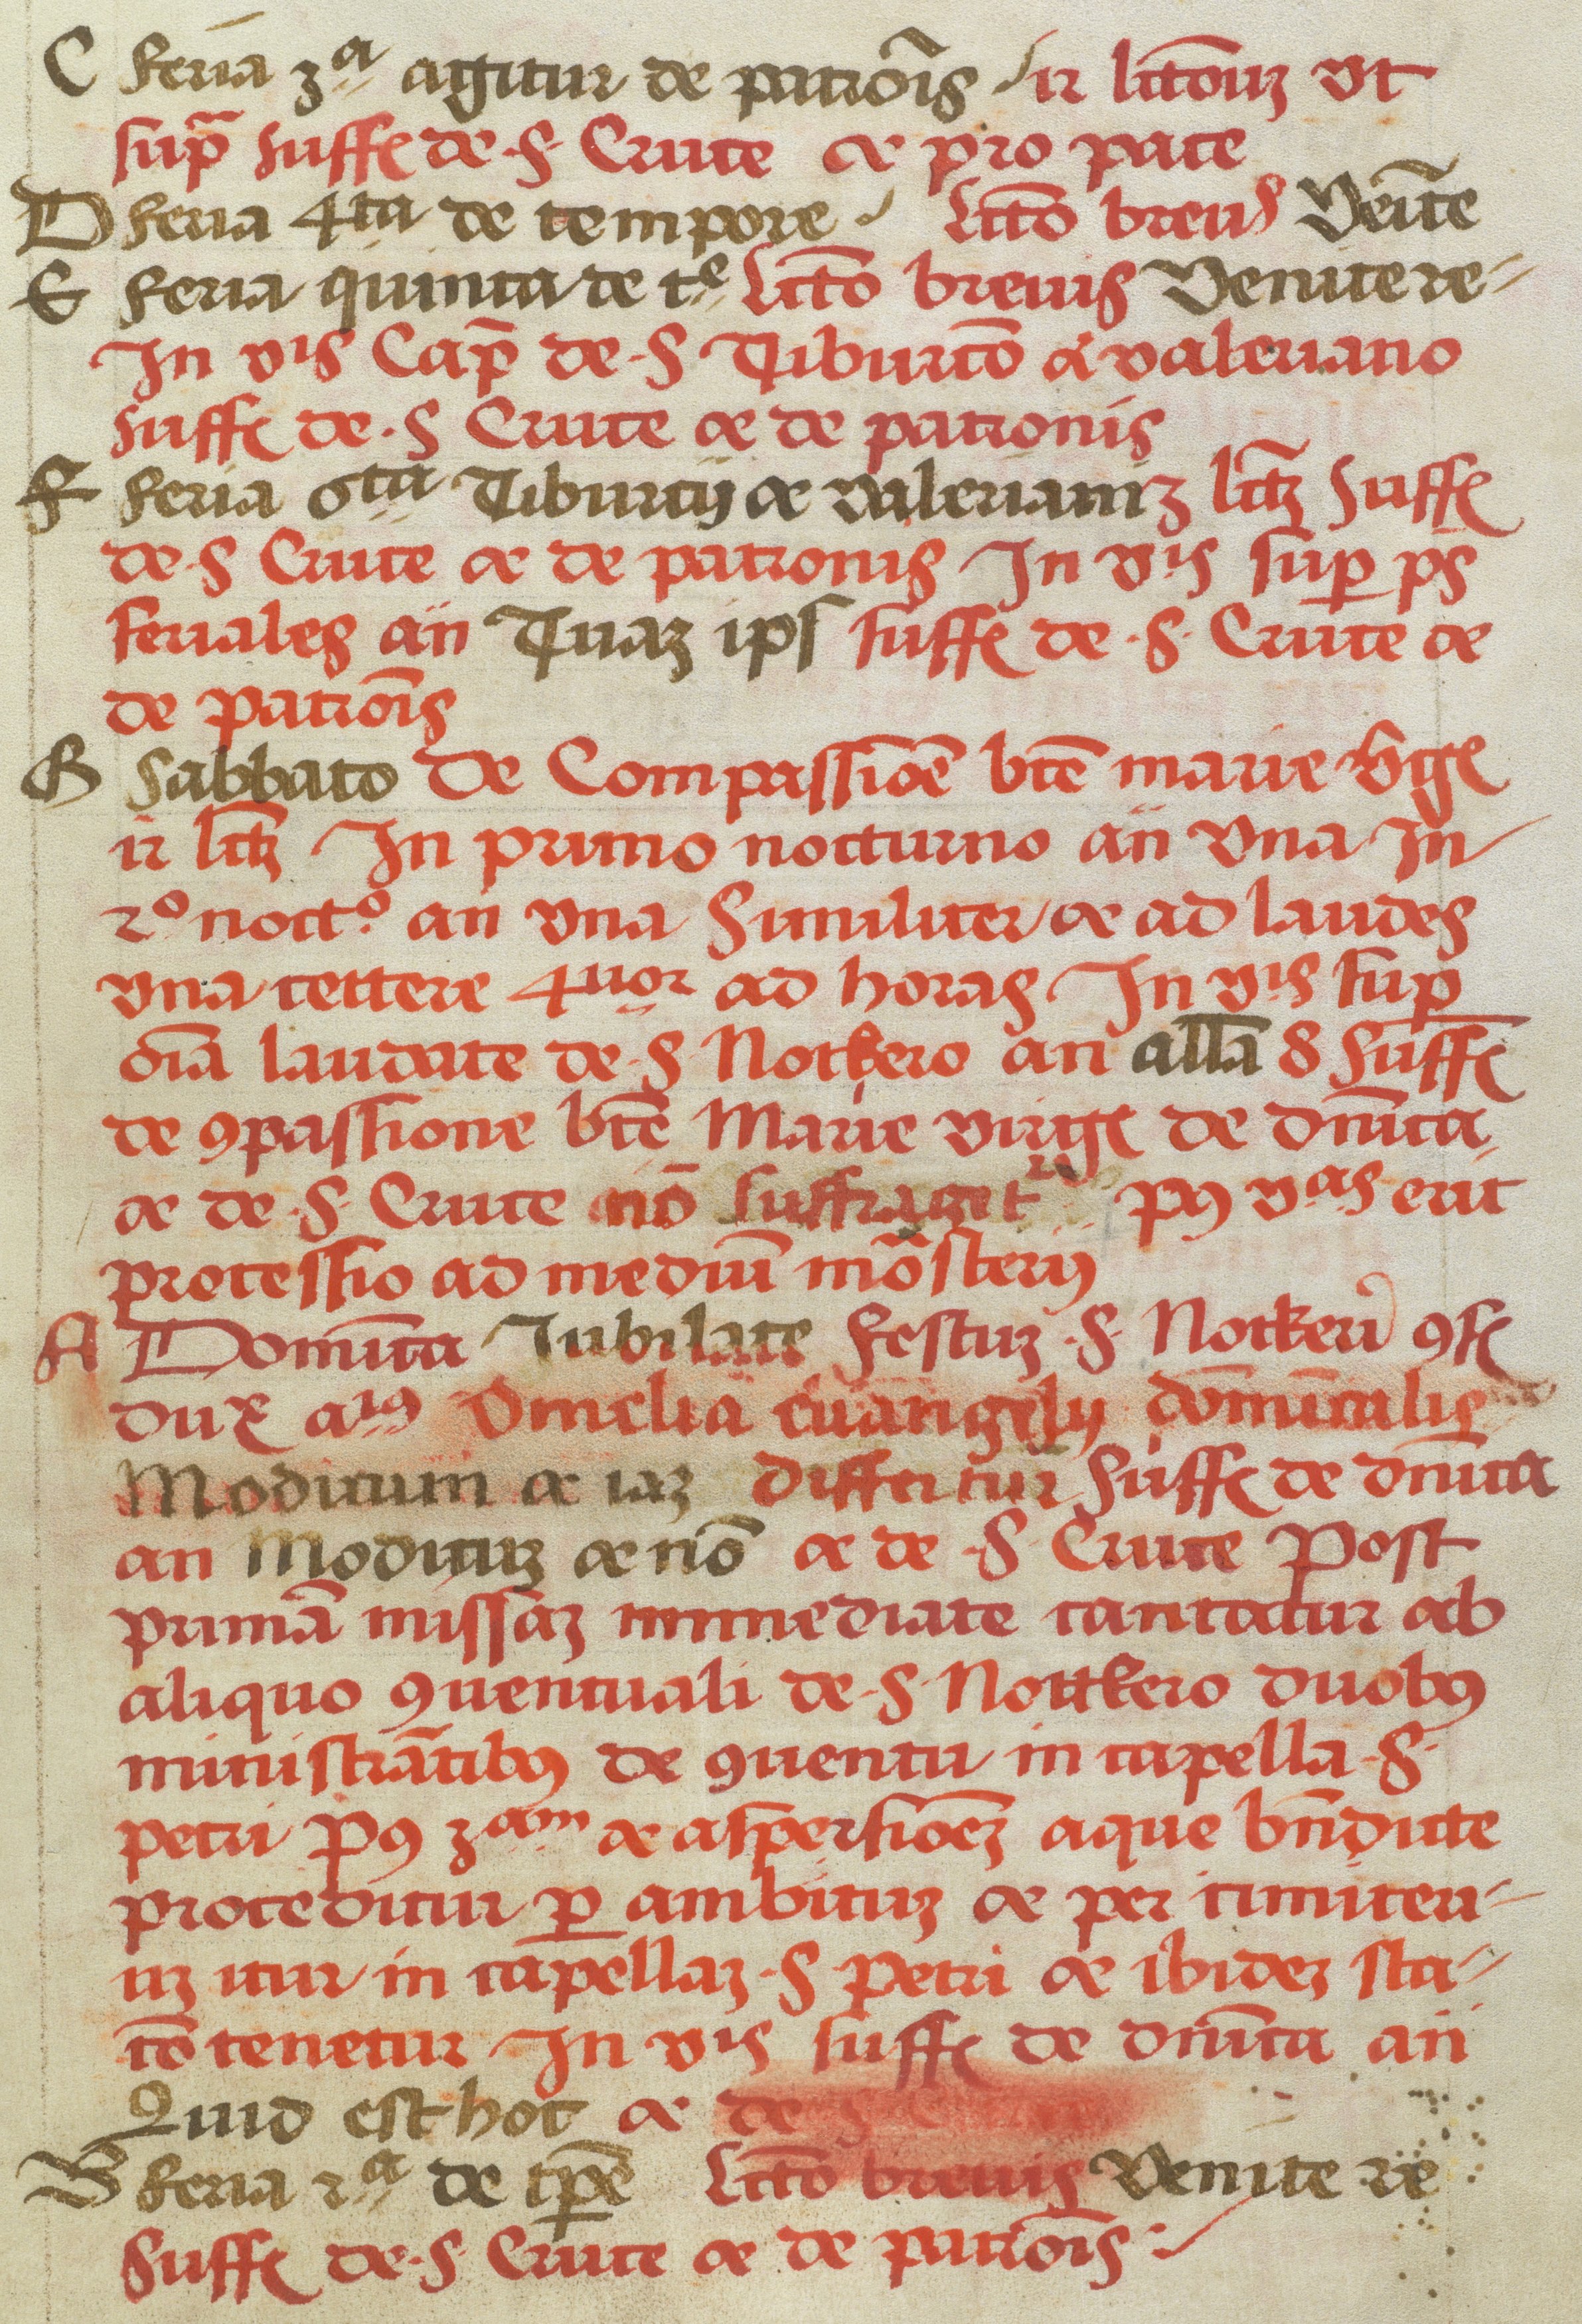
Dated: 1505–1535